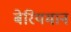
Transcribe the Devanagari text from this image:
बेरियमान